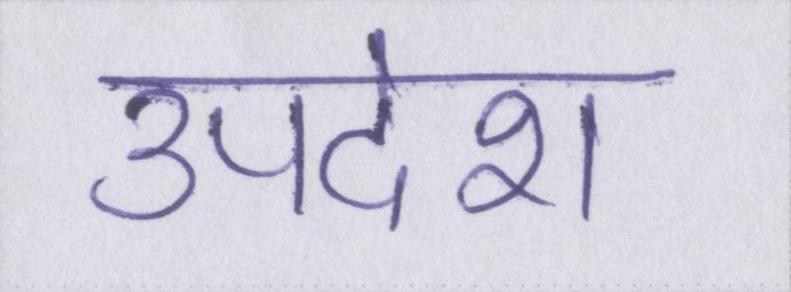
उपदेश